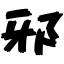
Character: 邪